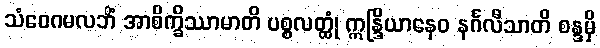
သံဝေဂမလဘိံ အာစိက္ခိဿာမာတိ ပစ္စလတ္ထုံ ဣန္ဒြိယာနေဝ နင်္ဂလီသာတိ စန္ဒမှိ